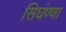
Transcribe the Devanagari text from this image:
सिघंण्णा